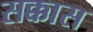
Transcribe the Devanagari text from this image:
सक्कास